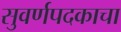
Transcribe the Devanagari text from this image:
सुवर्णपदकाचा